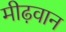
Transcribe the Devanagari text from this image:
मीढ़वान